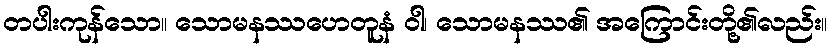
တပါးကုန်သော။ သောမနဿဟေတူနံ ဝါ၊ သောမနဿ၏ အကြောင်းတို့၏လည်း။